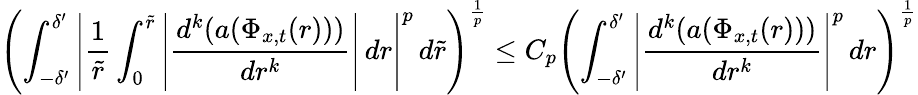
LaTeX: \left(\int_{-\delta^{\prime}}^{\delta^{\prime}}\left|\frac 1{\tilde{r}}\int_{0}^{\tilde{r}}\left|\frac{d^{k}(a(\Phi_{x,t}(r)))}{dr^{k}}\right|\, dr\right|^{p}\, d\tilde{r}\right)^{\frac 1p}\leq C_{p}\left(\int_{-\delta^{\prime}}^{\delta^{\prime}}\left|\frac{d^{k}(a(\Phi_{x,t}(r)))}{dr^{k}}\right|^{p}\, dr\right)^{\frac 1p}